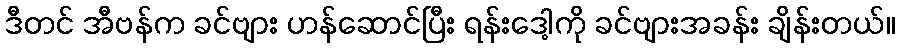
ဒီတင် အီဗန်က ခင်ဗျား ဟန်ဆောင်ပြီး ရန်းဒေါ့ကို ခင်ဗျားအခန်း ချိန်းတယ်။